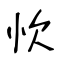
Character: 忺